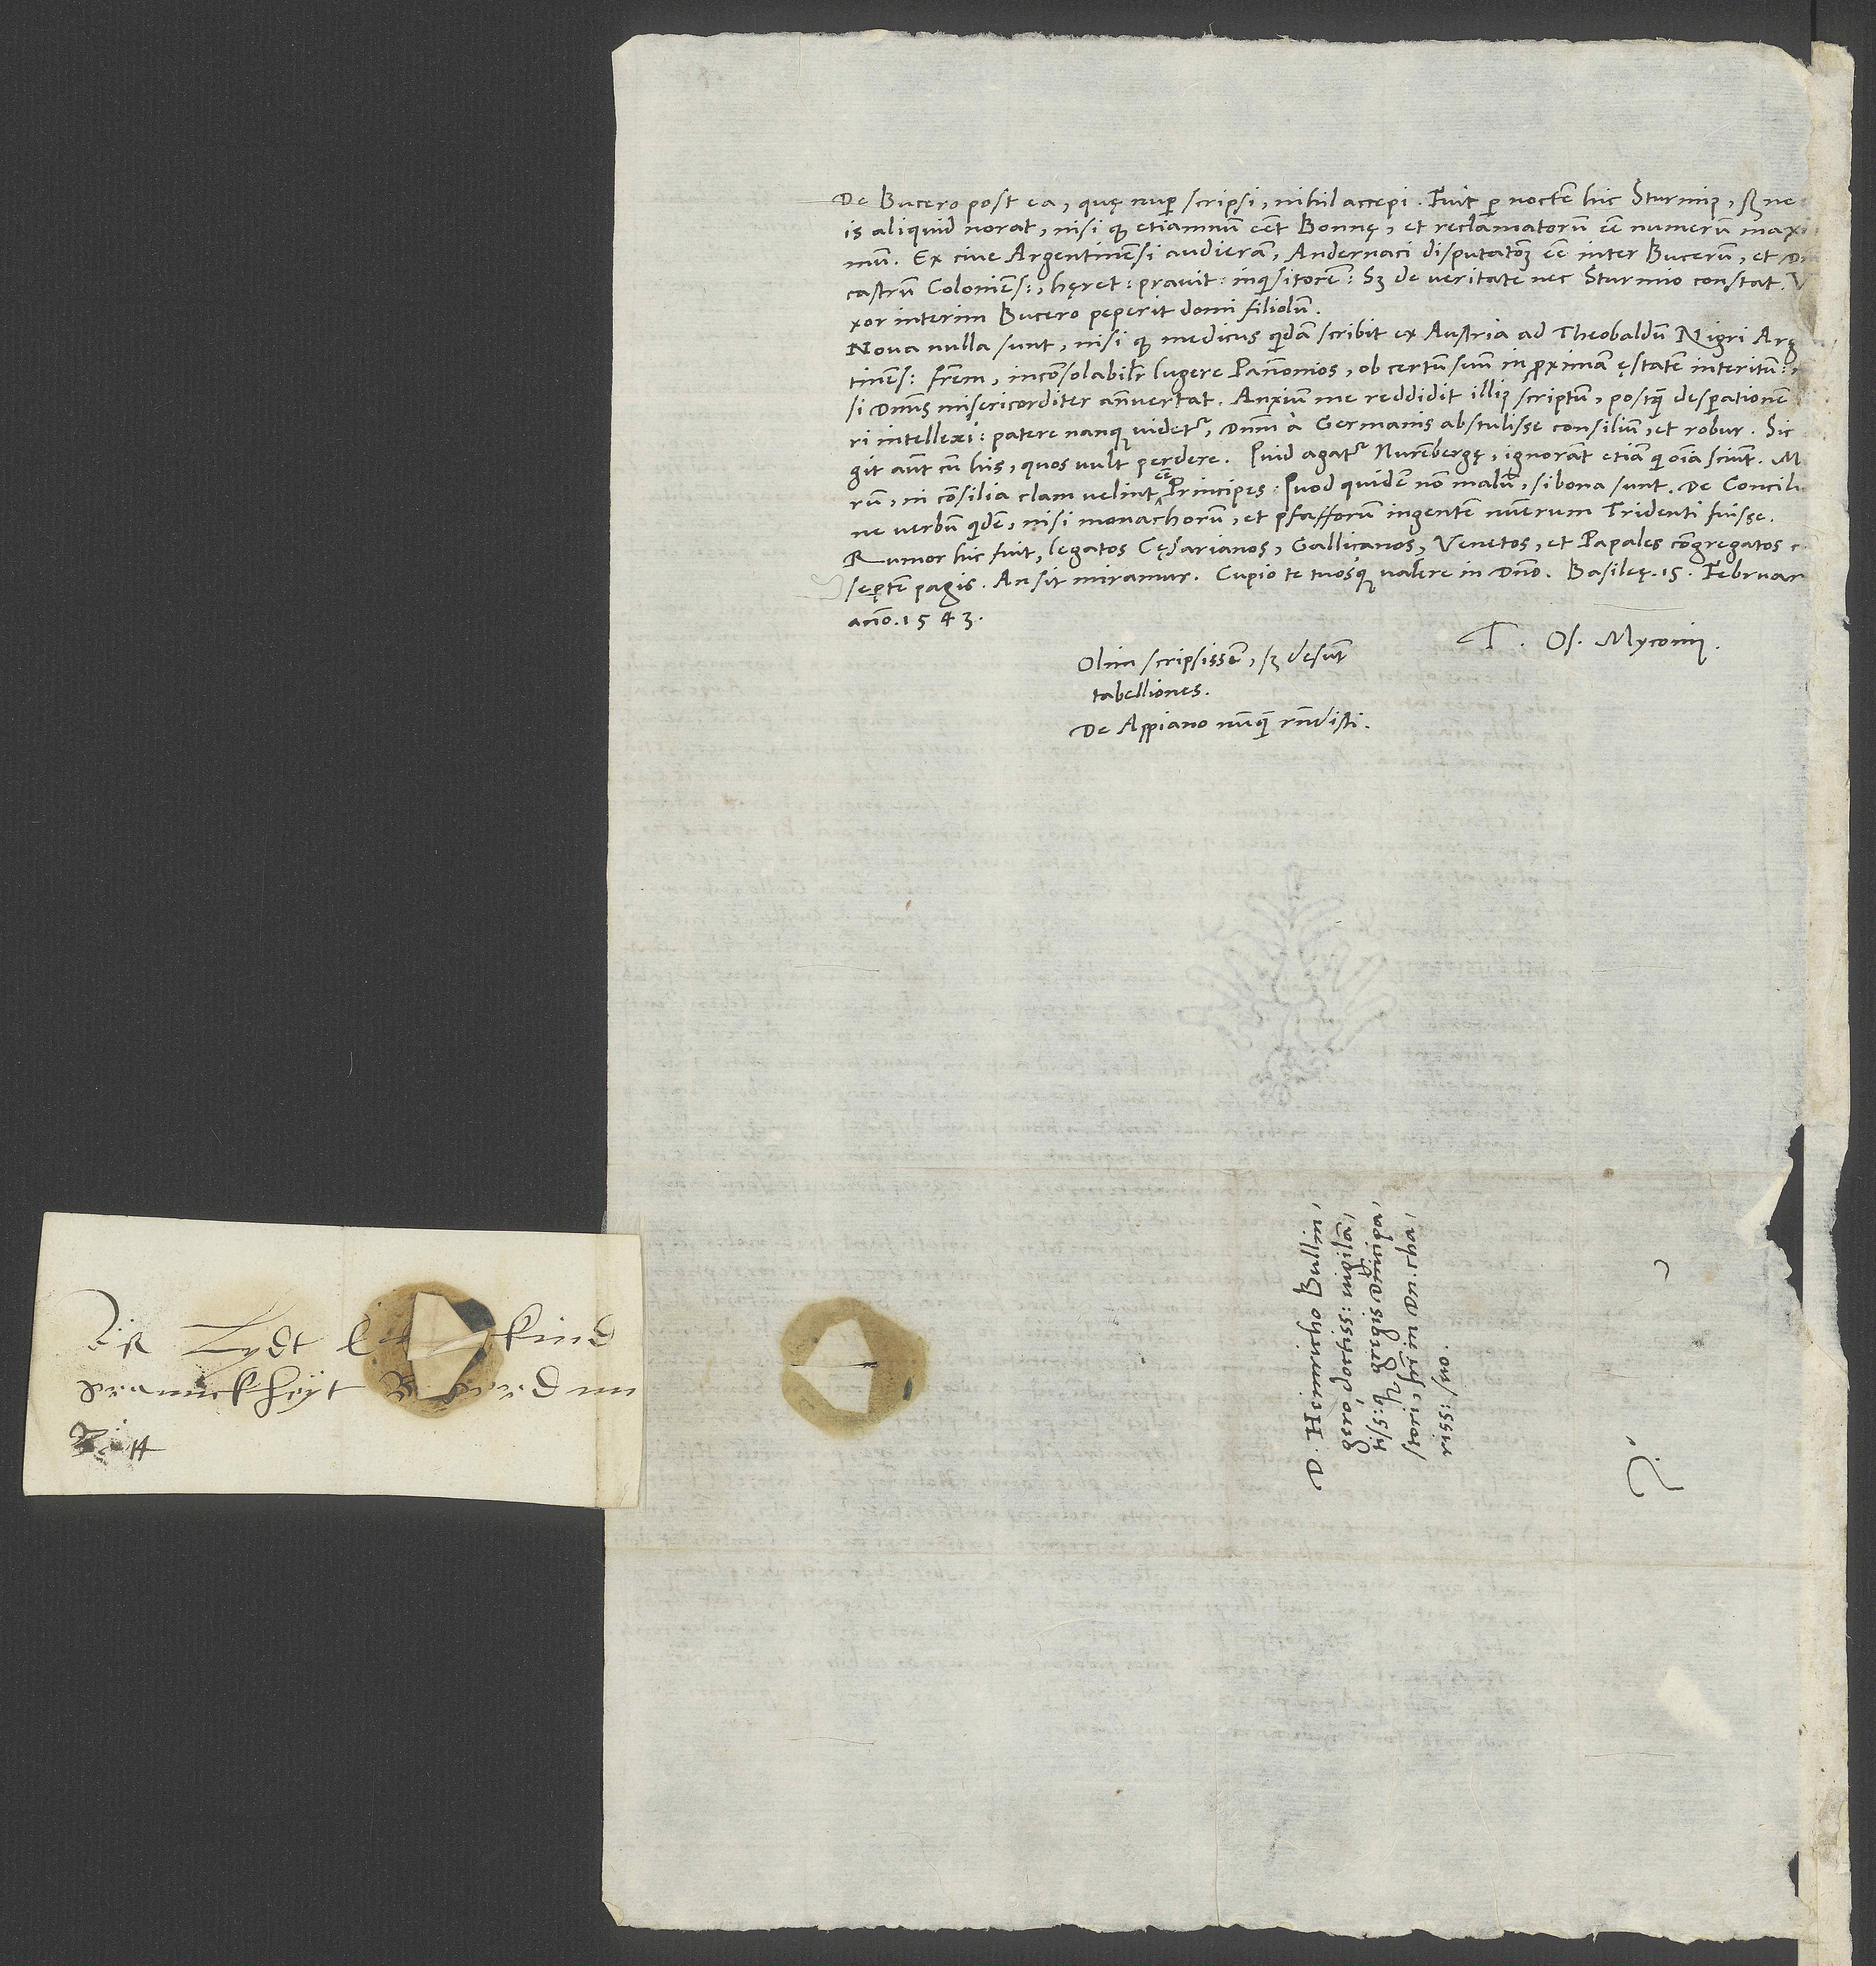
De Bucero post ea, quę nuper scripsi, nihil accepi. Fuit per noctem hic Sturmius, sed ne
anno 1543.
Tuus Os. Myconius.
Olim scripsissem, sed desunt
tabelliones.
De Appiano nunquam respondisti.
S.